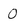
Character: 0